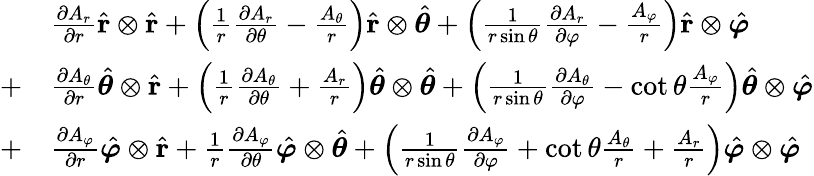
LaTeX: {\begin{array}{rl}{}&{{\frac{\partial A_{r}}{\partial r}}{\hat{\mathbf{r}}}\otimes{\hat{\mathbf{r}}}+\left({\frac{1}{r}}{\frac{\partial A_{r}}{\partial\theta}}-{\frac{A_{\theta}}{r}}\right){\hat{\mathbf{r}}}\otimes{\hat{\boldsymbol{\theta}}}+\left({\frac{1}{r\sin\theta}}{\frac{\partial A_{r}}{\partial\varphi}}-{\frac{A_{\varphi}}{r}}\right){\hat{\mathbf{r}}}\otimes{\hat{\boldsymbol{\varphi}}}}\\ {+}&{{\frac{\partial A_{\theta}}{\partial r}}{\hat{\boldsymbol{\theta}}}\otimes{\hat{\mathbf{r}}}+\left({\frac{1}{r}}{\frac{\partial A_{\theta}}{\partial\theta}}+{\frac{A_{r}}{r}}\right){\hat{\boldsymbol{\theta}}}\otimes{\hat{\boldsymbol{\theta}}}+\left({\frac{1}{r\sin\theta}}{\frac{\partial A_{\theta}}{\partial\varphi}}-\cot\theta{\frac{A_{\varphi}}{r}}\right){\hat{\boldsymbol{\theta}}}\otimes{\hat{\boldsymbol{\varphi}}}}\\ {+}&{{\frac{\partial A_{\varphi}}{\partial r}}{\hat{\boldsymbol{\varphi}}}\otimes{\hat{\mathbf{r}}}+{\frac{1}{r}}{\frac{\partial A_{\varphi}}{\partial\theta}}{\hat{\boldsymbol{\varphi}}}\otimes{\hat{\boldsymbol{\theta}}}+\left({\frac{1}{r\sin\theta}}{\frac{\partial A_{\varphi}}{\partial\varphi}}+\cot\theta{\frac{A_{\theta}}{r}}+{\frac{A_{r}}{r}}\right){\hat{\boldsymbol{\varphi}}}\otimes{\hat{\boldsymbol{\varphi}}}}\end{array}}